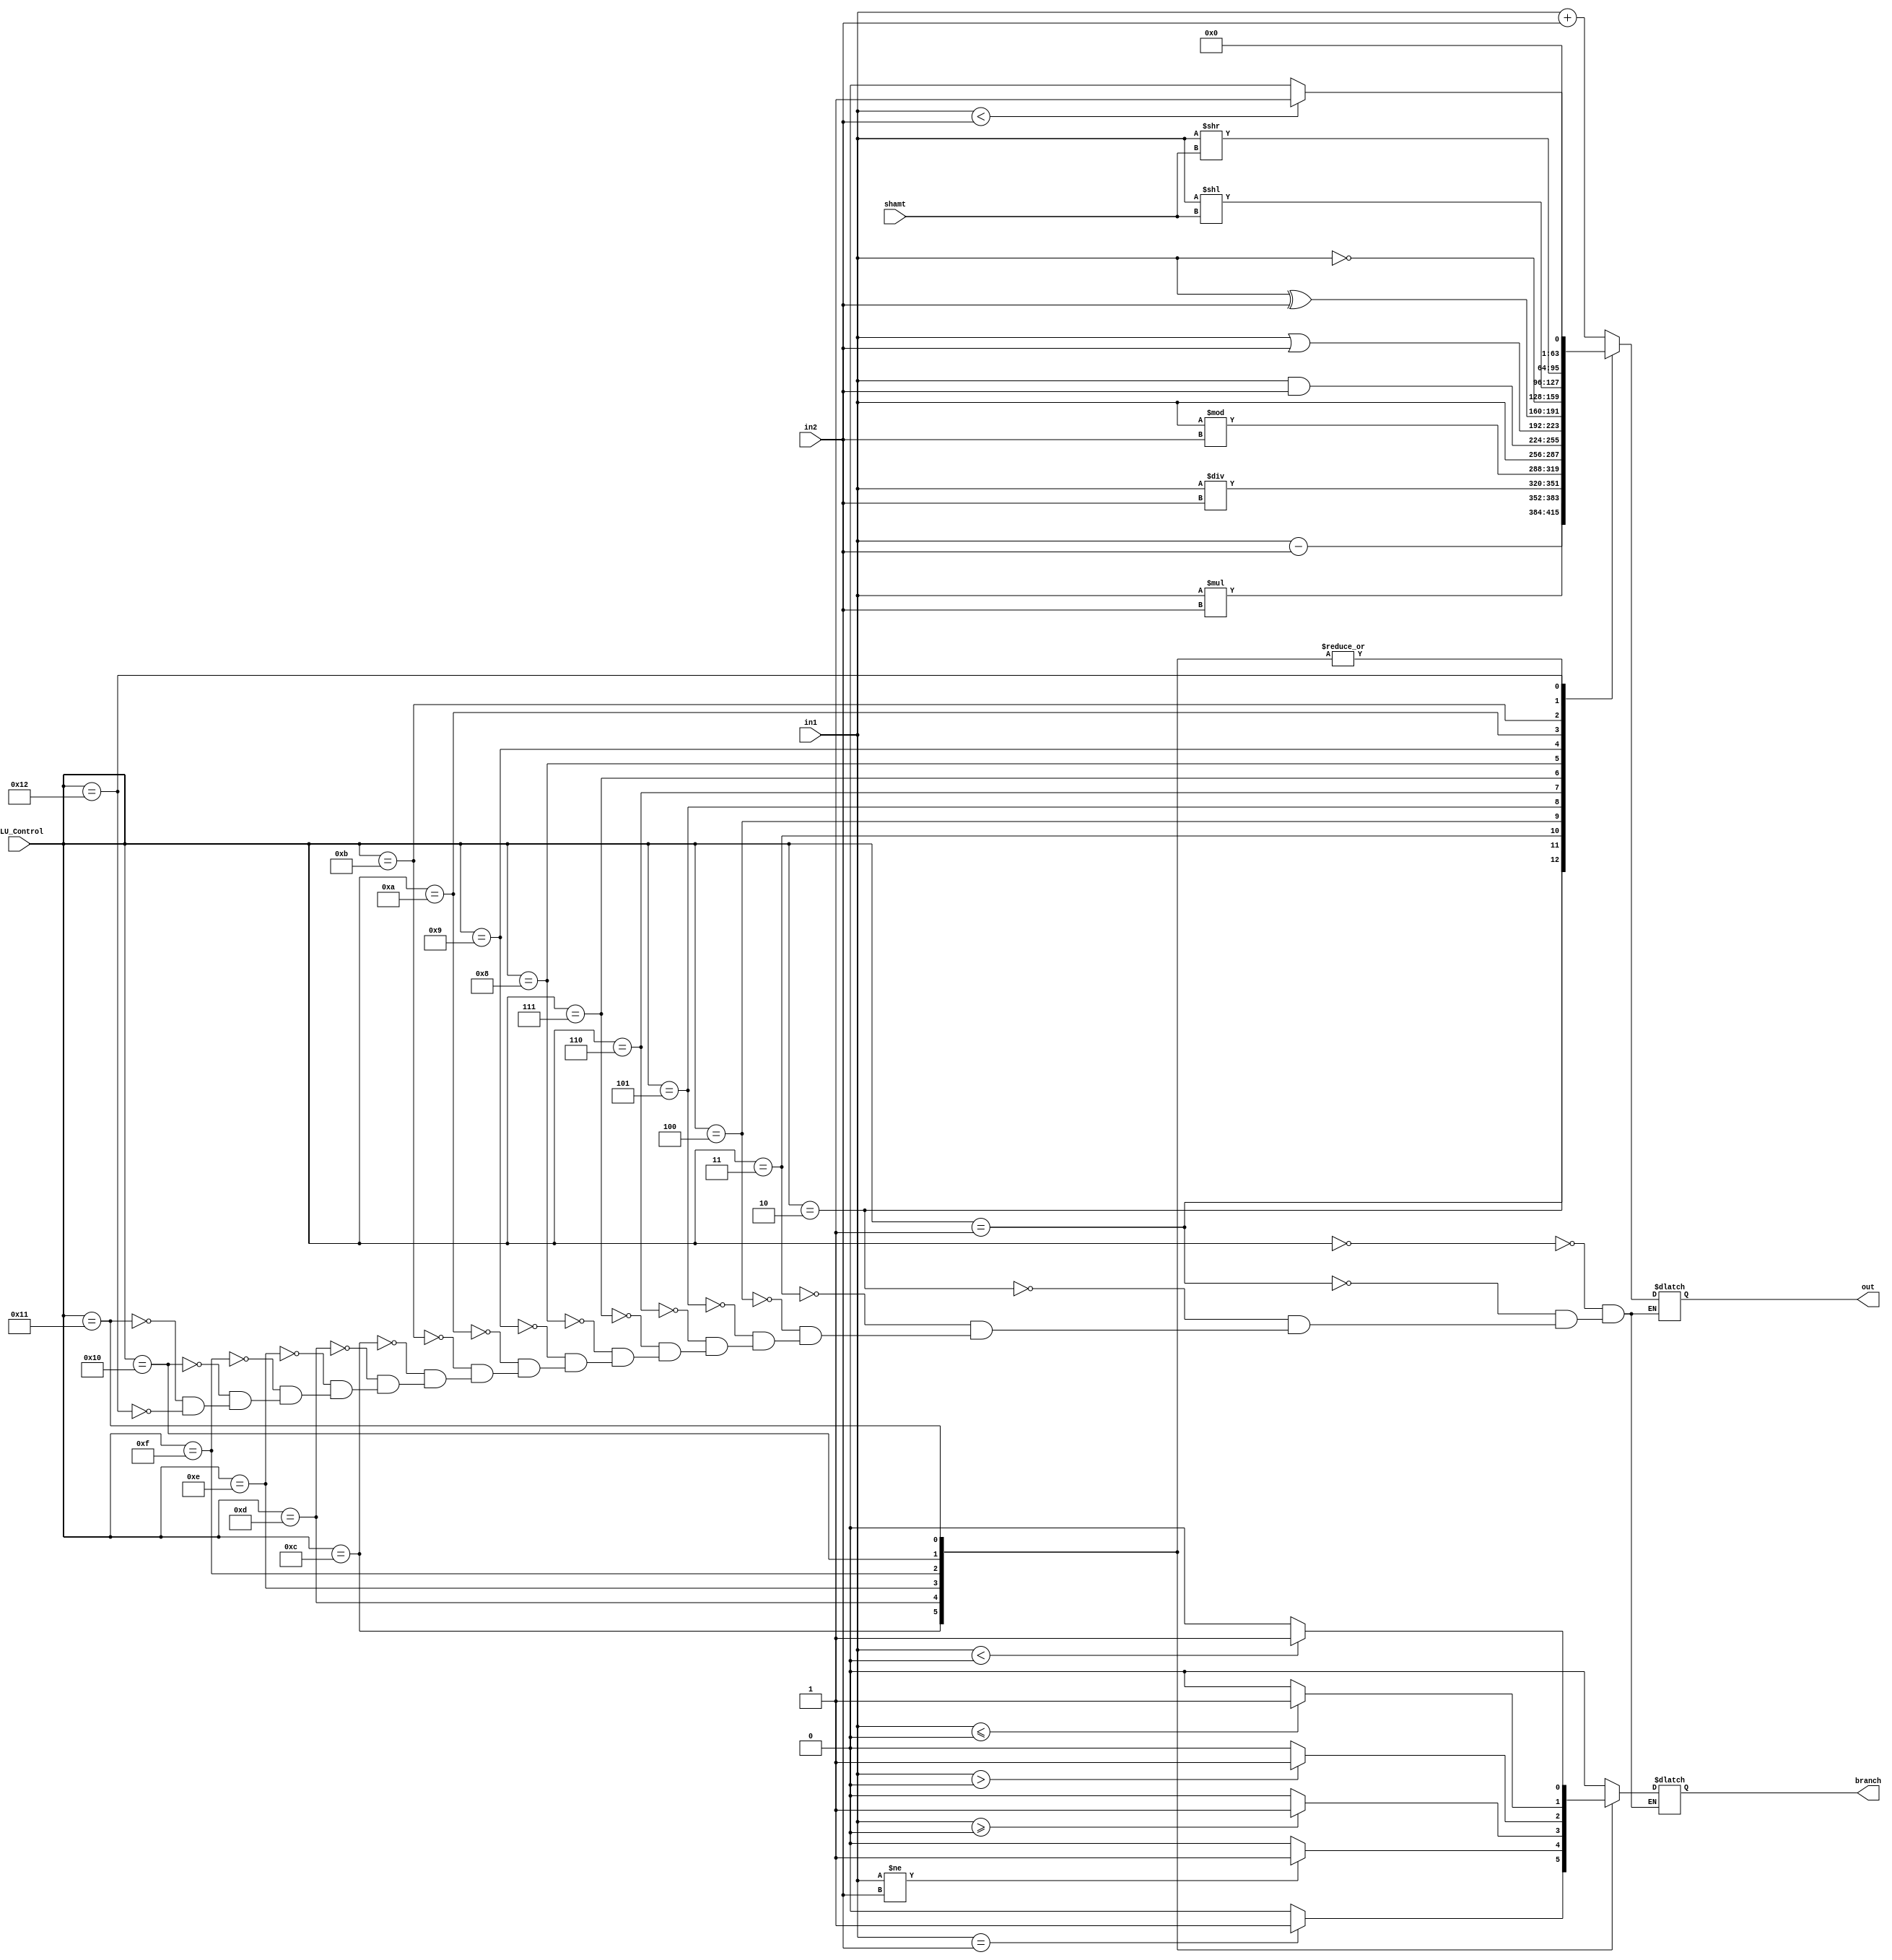
module JarvisULA(in1, in2,out,branch,shamt,ALU_Control);

	input [31:0] in1;
	input [31:0] in2;
	output reg [31:0] out;
	output reg branch;
	input [3:0] shamt;
	input [4:0] ALU_Control;
	

	always @(*) begin
	
		case(ALU_Control)
		
		// Instruo ADD  
		5'b00000 : begin 
			out = in1+in2;
			branch = 0;
		end
		
		// Instruo SUB	
		5'b00001: begin 
			out = in1-in2;
			branch = 0;
		end
		
		//Instruo MULT
		5'b00010: begin 
			out = in1*in2;
			branch = 0;
		end
		
		//Instruo DIV
		5'b00011: begin 
			out = in1/in2;
			branch = 0;
		end
		
		//Instruo MOD	
		
		5'b00100: begin 
			out = in1 % in2;
		
			branch = 0;
		end
		
		//Instruo MOV	
		5'b00101: begin
			out = in1;
			branch = 0;
		end
	
		//Instruo AND 	
		5'b00110: begin 
			out = in1 & in2;
			branch = 0;
		end	
		
		//Instruo OR	
		5'b00111: begin  
			out = in1 | in2;
			branch = 0;	
		end

		//Instruo XOR	
		5'b01000: begin 
			out = in1 ^ in2;
			branch = 0;	
		end
		
		//Instruo NOT	
		5'b01001: begin 
			out = ~in1;
			branch = 0;
			
		end
		//Instruo SLL 
		5'b01010: begin 
			out = in1 << shamt;
			branch = 0;	
		end
		
		//Instruo SRL 
		5'b01011: begin 
			out = in1 >> shamt;
			branch = 0;
		end	
		
		//Instruo BEQ 	
		5'b01100: begin 
			out = 0;
			branch = (in1==in2) ? 1 : 0;
		end
		
		//Instruo BNE
		5'b01101: begin  
			out = 0;
			branch = (in1!=in2) ? 1 : 0;
		end
		
		//Instruo BGTEZ
		5'b01110: begin 
			out = 0;
			branch = (in1>=0) ? 1 : 0;
		end
		
		//Instruo BGTZ
		5'b01111: begin 
			out = 0;
			branch = (in1>0) ? 1 : 0;
				
		end
		//Instruo BLTEZ 
		5'b10000: begin 
			out = 0;
			branch = (in1<=0) ? 1 : 0;		
		end
		
		//Instruo BLTZ 
		5'b10001: begin 
			out = 0;
			branch = (in1<0) ? 1 : 0;	
		end
		
		//Instruo SLT 
		5'b10010: begin 
			out = (in1<in2) ? 1 : 0;
			branch = 0;
		end
		
		endcase
	end
	
endmodule